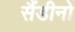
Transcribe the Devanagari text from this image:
सैंडीनो